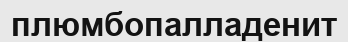
плюмбопалладенит